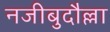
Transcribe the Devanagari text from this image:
नजीबुदौल्ला